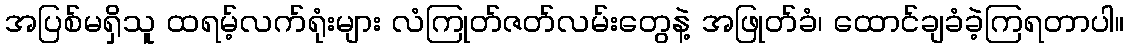
အပြစ်မရှိသူ ထရမ့်လက်ရုံးများ လံကြုတ်ဇတ်လမ်းတွေနဲ့ အဖြုတ်ခံ၊ ထောင်ချခံခဲ့ကြရတာပါ။